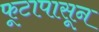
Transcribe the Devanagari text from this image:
फूटापासून